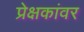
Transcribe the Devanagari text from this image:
प्रेक्षकांवर